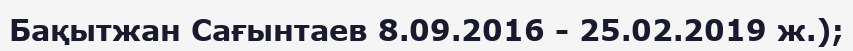
Бақытжан Сағынтаев 8.09.2016 - 25.02.2019 ж.);